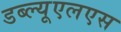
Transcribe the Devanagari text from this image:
डब्ल्यूएलएस